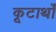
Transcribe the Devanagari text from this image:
कूटार्थों